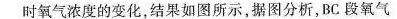
时氧气浓度的变化，结果如图所示，据图分析，BC段氧气